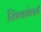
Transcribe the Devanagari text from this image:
खिच्चाकेश्वरी